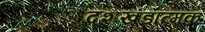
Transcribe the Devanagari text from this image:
दशखंडात्मक